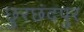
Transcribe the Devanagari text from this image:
छुरछंदपुर